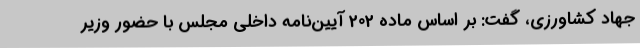
جهاد کشاورزی، گفت: بر اساس ماده 202 آیین‌نامه داخلی مجلس با حضور وزیر